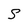
Character: S